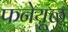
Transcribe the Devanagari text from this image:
फनेयूळ